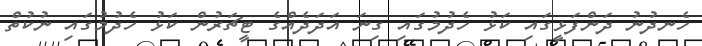
ހެނދުނު ދަންފަޅީގައި ކަޅު ހެދުމުގައި ގިނަ އަދަދެއްގެ ޓީޗަރުން ކަޅު ހެދުމުގައި ނުކުތް